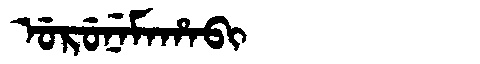
Manchu: ᡠᡵᡠᠨᡝᠮᠠᡥᠠᠪᡳ
Romanization: URUNEMAHABI